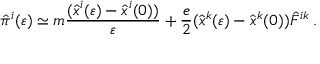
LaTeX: { \hat { \pi } } ^ { i } ( \varepsilon ) \simeq m { \frac { ( { \hat { x } } ^ { i } ( \varepsilon ) - { \hat { x } } ^ { i } ( 0 ) ) } { \varepsilon } } + { \frac { e } { 2 } } ( { \hat { x } } ^ { k } ( \varepsilon ) - { \hat { x } } ^ { k } ( 0 ) ) { \hat { F } } ^ { i k } \, .